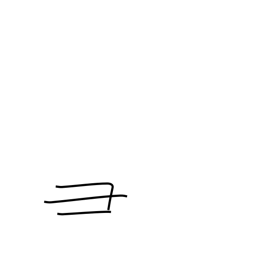
Meaning: pig's head radical (no. 58)